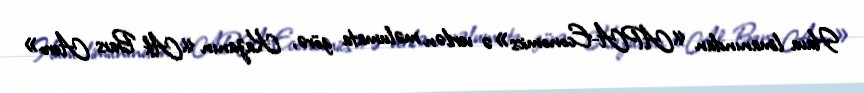
Hava limanından «APA-Economics»ə verilən məlumata görə, Kazanın «Ak Bars Aero»